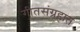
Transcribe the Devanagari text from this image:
गीतसंग्रहात